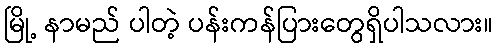
မြို့ နာမည် ပါတဲ့ ပန်းကန်ပြားတွေရှိပါသလား။